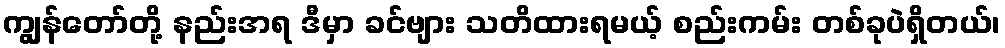
ကျွန်တော်တို့ နည်းအရ ဒီမှာ ခင်ဗျား သတိထားရမယ့် စည်းကမ်း တစ်ခုပဲရှိတယ်၊